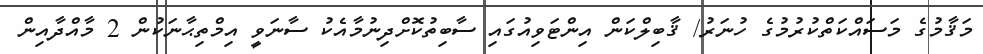
މަޤާމުގެ މަސައްކަތްކުރުމުގެ ހުނަރު/ ޤާބިލްކަން އިންޓަވިއުގައި ސާބިތުކޮށްދިނުމާއެކު ސާނަވީ އިމްތިޙާނަކުން 2 މާއްދާއިން